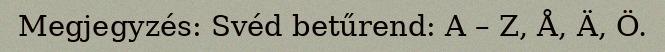
Megjegyzés: Svéd betűrend: A – Z, Å, Ä, Ö.